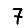
Digit: 7